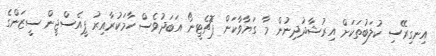
އިނގިރޭސި ކުލަބުތަކަށް އިރުޝާދުދިނުން މާ ގަޔާވާކަން ޕޮޗެޓީނޯ އަބަދުވެސް ހާމަކުރާއިރު ޕީއެސްޖީން ސީޒަންގެ